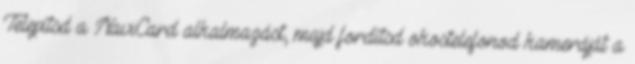
Telepítsd a NaviCard alkalmazást, majd fordítsd okostelefonod kameráját a